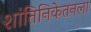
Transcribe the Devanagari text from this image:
शांतिनिकेतनला